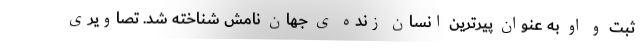
ثبت و او به عنوان پیرترین انسان زنده ی جهان نامش شناخته شد. تصاویری